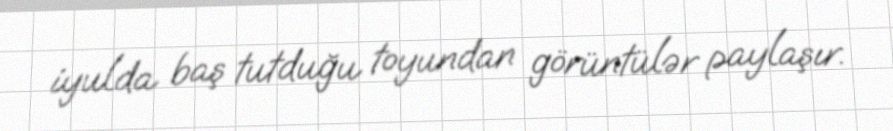
iyulda baş tutduğu toyundan görüntülər paylaşır.